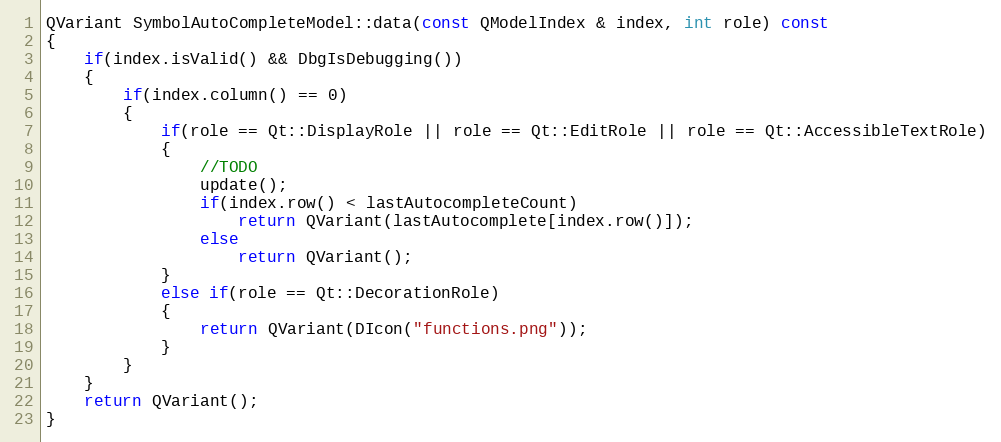
Language: C++
QVariant SymbolAutoCompleteModel::data(const QModelIndex & index, int role) const
{
    if(index.isValid() && DbgIsDebugging())
    {
        if(index.column() == 0)
        {
            if(role == Qt::DisplayRole || role == Qt::EditRole || role == Qt::AccessibleTextRole)
            {
                //TODO
                update();
                if(index.row() < lastAutocompleteCount)
                    return QVariant(lastAutocomplete[index.row()]);
                else
                    return QVariant();
            }
            else if(role == Qt::DecorationRole)
            {
                return QVariant(DIcon("functions.png"));
            }
        }
    }
    return QVariant();
}